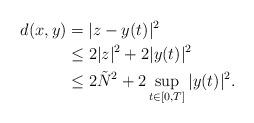
LaTeX: \begin{align*}d(x,y) & = |z-y(t)|^2 \\ & \leq 2|z|^2 + 2|y(t)|^2 \\ & \leq 2\tilde{N}^2 + 2\sup_{t\in [0,T]} |y(t)|^2.\end{align*}